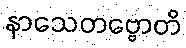
နာသေတဗ္ဗောတိ